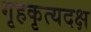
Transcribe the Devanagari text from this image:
गृहकृत्यदक्ष